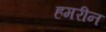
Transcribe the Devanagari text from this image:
हमरीन